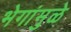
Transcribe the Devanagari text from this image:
भेगांमुळे